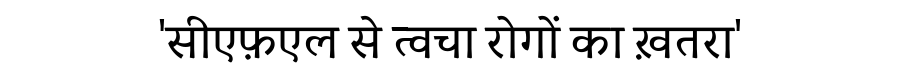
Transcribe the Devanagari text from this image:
'सीएफ़एल से त्वचा रोगों का ख़तरा'